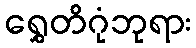
ရွှေတိဂုံဘုရား